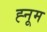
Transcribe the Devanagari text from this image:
ह्नूम